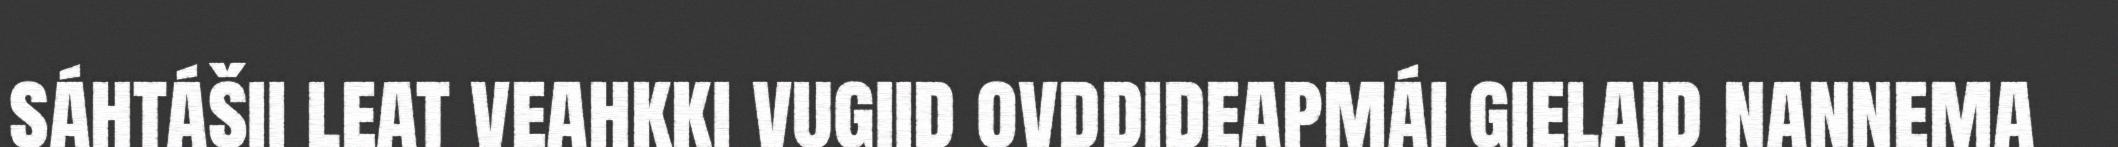
sáhtášii leat veahkki vugiid ovddideapmái gielaid nannema